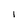
Character: I